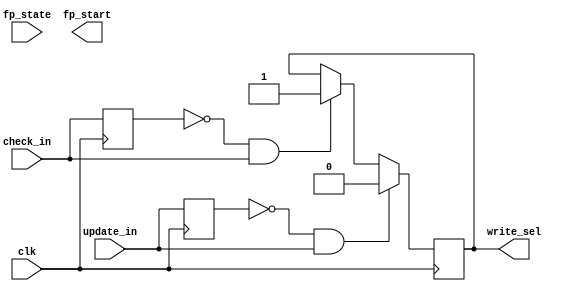
module main_state (
	input 				clk,    // Clock
	//
	input 				update_in,
	input				check_in,

	//RAM
	output reg  	write_sel = 0,

	//
	input 				fp_state,
	output [1:0]		fp_start
);

reg u_r,c_r;
always@(posedge clk) begin
	u_r <= update_in;
	c_r <= check_in;
end

always@(posedge clk) begin
	if (!u_r && update_in) begin
		write_sel <= 0; //
	end
	else if (!c_r && check_in) begin
		write_sel <= 1; //
	end
end

endmodule